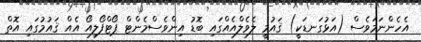
އެހެންނަމަވެސް (އަޅުގަނޑަކީ) ޤައުމީ ލެވެލްއެއްގައި ބޮޑު އިންވެސްމެންޓް ޕޯޓްފޯލިއޯ އެއް ޤައުމުގައި އޮތް